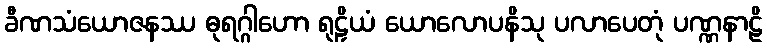
ခီဏသံယောဇနဿ ဓုရဂ္ဂါဟော ရုဠှိယံ ယောလောပနိသု ပလာပေတုံ ပဏ္ဏနာဠိ